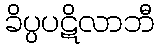
ခိပ္ပပဋိလာဘီ